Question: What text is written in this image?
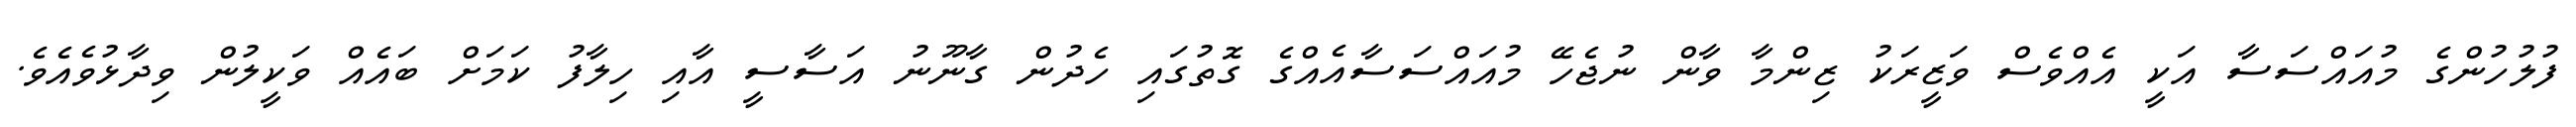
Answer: ފުލުހުންގެ މުއައްސަސާ އަކީ އެއްވެސް ވަޒީރަކު ޒިންމާ ވާން ނުޖެހޭ މުއައްސަސާއެއްގެ ގޮތުގައި ހެދުން ގާނޫނު އަސާސީ އާއި ހިލާފު ކަމަށް ބައެއް ވަކީލުން ވިދާޅުވެއެވެ.